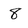
Character: 8